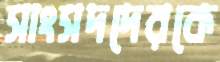
সাংসদদেরকে